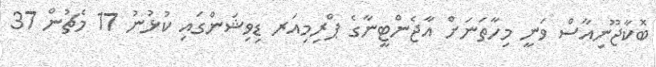
ބޮކާޖޫނިއާސް ވަނީ މިހާތަނަށް އާޖެންޓީނާގެ ޕްރިމިއަރ ޑިވިޝަންގައި ކުޅުނު 17 މެޗުން 37